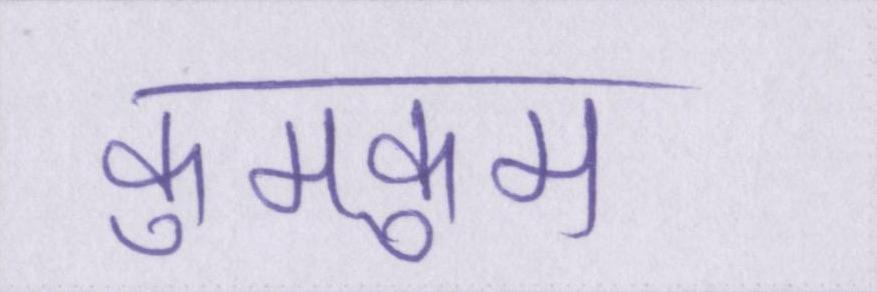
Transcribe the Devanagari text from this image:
कुमकुम